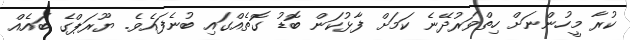
ކުރާ މީހުންނަށް ހިތްވަރުދޭނެ ކަމަށް ފާޅުކަން ބޮޑު ގޮތެއްގައި ބުނެފައެވެ. ޔޫރަޕްގެ ބައެއް